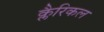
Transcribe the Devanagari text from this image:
क्लैरिकल